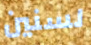
لسنين